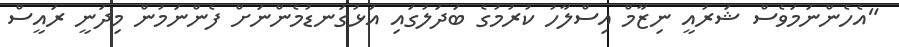
"އެހެންނަމަވެސް ޝަރުއީ ނިޒާމް އިސްލާހު ކުރުމުގެ ބަދަލުގައި އަޅުގަނޑުމެންނަށް ފެންނަމުން މިދަނީ ރައީސް